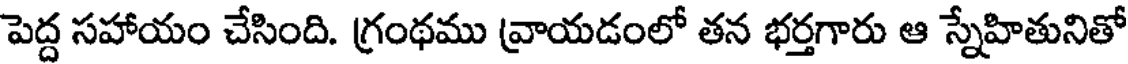
పెద్ద సహాయం చేసింది. గ్రంథము వ్రాయడంలో తన భర్తగారు ఆ స్నేహితునితో